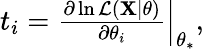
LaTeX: \begin{array}{r}{t_{i}=\left.\frac{\partial\ln\mathcal{L}(\mathbf{X}|\theta)}{\partial\theta_{i}}\right\vert_{\theta_{*}},}\end{array}